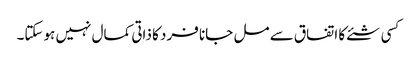
کسی شئے کا اتفاق سے مل جانا فرد کا ذاتی کمال نہیں ہوسکتا۔